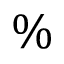
\%